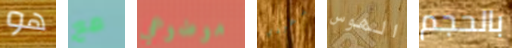
هو مع موضوعي بطردي الهوس بالحجم